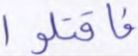
فاقتلوا